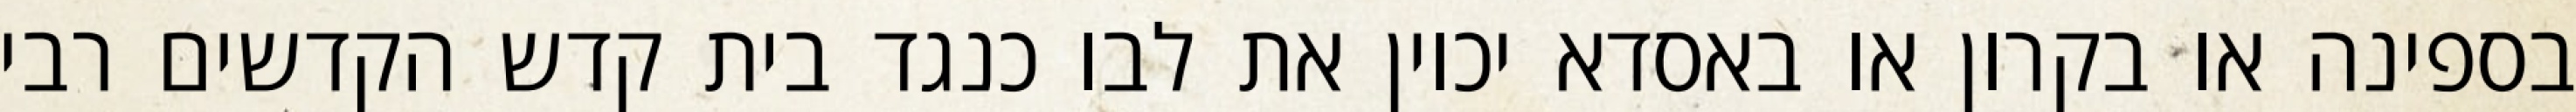
בספינה או בקרון או באסדא יכוין את לבו כנגד בית קדש הקדשים רבי